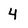
Character: 4